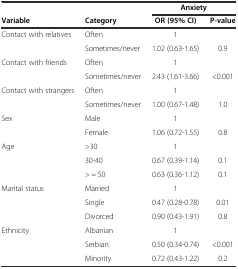
<table><thead><tr><td></td><td></td><td colspan="2"><b>Anxiety</b></td></tr><tr><td><b>Variable</b></td><td><b>Category</b></td><td><b>OR (95% CI)</b></td><td><b>P-value</b></td></tr></thead><tbody><tr><td>Contact with relatives</td><td>Often</td><td>1</td><td></td></tr><tr><td></td><td>Sometimes/never</td><td>1.02 (0.63-1.65)</td><td>0.9</td></tr><tr><td>Contact with friends</td><td>Often</td><td>1</td><td></td></tr><tr><td></td><td>Sometimes/never</td><td>2.43 (1.61-3.66)</td><td>&lt;0.001</td></tr><tr><td>Contact with strangers</td><td>Often</td><td>1</td><td></td></tr><tr><td></td><td>Sometimes/never</td><td>1.00 (0.67-1.48)</td><td>1.0</td></tr><tr><td>Sex</td><td>Male</td><td>1</td><td></td></tr><tr><td></td><td>Female</td><td>1.06 (0.72-1.55)</td><td>0.8</td></tr><tr><td>Age</td><td>&gt;30</td><td>1</td><td></td></tr><tr><td></td><td>30-40</td><td>0.67 (0.39-1.14)</td><td>0.1</td></tr><tr><td></td><td>&gt; = 50</td><td>0.63 (0.36-1.12)</td><td>0.1</td></tr><tr><td>Marital status</td><td>Married</td><td>1</td><td></td></tr><tr><td></td><td>Single</td><td>0.47 (0.28-0.78)</td><td>0.01</td></tr><tr><td></td><td>Divorced</td><td>0.90 (0.43-1.91)</td><td>0.8</td></tr><tr><td>Ethnicity</td><td>Albanian</td><td>1</td><td></td></tr><tr><td></td><td>Serbian</td><td>0.50 (0.34-0.74)</td><td>&lt;0.001</td></tr><tr><td></td><td>Minority</td><td>0.72 (0.43-1.22)</td><td>0.2</td></tr></tbody></table>